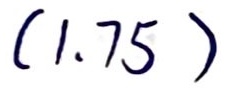
$(1.75)$